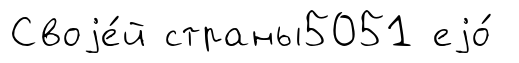
Своjе́й страны5051 еjо́